Medical and sanitary report of the native army of Bengal for the year
Year: 1878
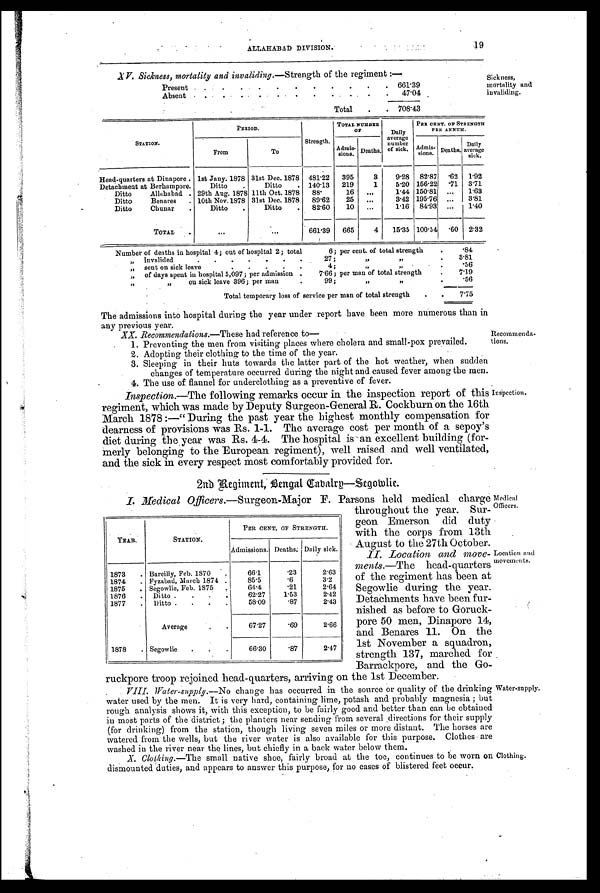
ALLAHABAD DIVISION.
19
V. Sickness, mortality and invaliding. —Strength of the regiment :—
Present
. . . . . . . . . . . . 661.39
Absent
. . . . . . . . . . 47.04
Total . . 708.43
Sickness,
mortality and
invaliding.
STATION.
PERIOD.
Strength.
TOTAL NUMBER
O F
Daily
average number
of sick.
PER CENT. OF STRENGTH
PER ANNUM.
From
To
Admis-
sions. Deaths.
Admis-
sions. Deaths.
Daily
average sick.
Head-quarters at Dinapore . 1st Jany. 1878 31st Dec. 1878 481.22 395
3
9.28 82.87
. 6 2 1.92
Detachment at Berhampore.
Ditto .
Ditto . 140.13 219
1
5.20 156.22
. 7 1 3.71
Ditto Allahabad . 29th Aug. 1878 11th Oct. 1878 8 8 .
16 ...
1.44 150.81 ... 1.63
Ditto Benares . 10th Nov.1878 31st Dec. 1878 89.62
25 ...
3.42 195.76 ... 3.81
Ditto Chunar .
Ditto .
Ditto . 82.60 10 ...
1.16 84.93
. . . 1.40
TOTAL
. . .
...
661.39 665
4 15.35 100.54
. 6 0 2.32
Number of deaths in hospital 4; out of hospital 2; total
6; per cent. of total strength
.
.84
„ invalided
. . . . . .
2 7 ;
„ „
.
3.81
„ sent on sick leave.
. . . .
4;
„ „
.
.56
„ of days spent in hospital 5,097; per admission .
7.66; per man of total strength
.
7.19
„ „
on sick leave 396; per man
.
99;
„ „
.
56
Total temporary loss of service per man of total strength
. . 7.75
The admissions into hospital during the year under report have been more numerous than in
any previous year.
XX. Recommendations. —These had reference to-
1. Preventing the men from visiting places where cholera and small-pox prevailed.
2. Adopting their clothing to the time of the year.
3. Sleeping in their huts towards the latter part of the hot weather, when sudden
changes of temperature occurred during the night and caused fever among the men.
4. The use of flannel for underclothing as a preventive of fever.
Inspection.—The following remarks occur in the inspection report of this
regiment, which was made by Deputy Surgeon-General R. Cockburn on the 16th
March 1878 :—" During the past year the highest monthly compensation for
dearness of provisions was Rs. 1-1. The average cost per month of a sepoy's
diet during the year was Rs. 4-4. The hospital is an excellent building (for-
merly belonging to the European regiment), well raised and well ventilated,
and the sick in every respect most comfortably provided for.
2nd Regiment, Bengal Cabalry—Segowlie.
I . M e d i c a l O f f i c e r s .
— S u r g e o n - M a j o r F . P a r s o n s h e l d m e d i c a l c h a r g e
throughout the year. Sur-
geon Emerson did duty
with the corps from 13th
August to the 27th October.
II. Location and move-
ments.—The head-quarters
of the regiment has been at
Segowlie during the year.
Detachments have been fur-
nished as before to Goruck-
pore 50 men, Dinapore 14,
and Benares 11. On the
1st November a squadron,
strength 137, marched for
Barrackpore, and the Go-
ruckpore troop rejoined head-quarters, arriving on the 1st December.
VIII. Water-supply.— N o c h a n g e h a s o c c u r r e d i n t h e s o u r c e o r q u a l i t y o f t h e d r i n k i n g
water used by the men. It is very hard, containing lime, potash and probably magnesia ; but
rough analysis shows it, with this exception, to be fairly good and better than can be obtained
in most parts of the district ; the planters near sending from several directions for their supply
(for drinking) from the station, though living seven miles or more distant. The horses are
watered from the wells, but the river water is also available for this purpose. Clothes are
washed in the river near the lines, but chiefly in a back water below them.
X. Clothing. —The small native shoe, fairly broad at the toe, continues to be worn on
dismounted duties, and appears to answer this purpose, for no cases of blistered feet occur.
YEAR.
STATION.
PER CENT. OF STRENGTH.
Admissions. Deaths. Daily sick.
1873 . Bareilly, Feb. 1870
66.1
.23
2.63
1874 . Fyzabad, March 1874 .
85.5
.6
3.2
1875 . Segowlie, Feb. 1875 .
64.4
.21
2.64
1876 . Ditto . . . .
62.27
1.53
2.42
1877 . Ditto . . . .
58.09
.87
2.43
Average.
67.27
.69
2.66
1878 . Segowlie . . .
66.30
.87
2.47
Inspection.
Medical
Officers.
Location and
movements.
Water-supply.
Clothing.